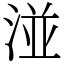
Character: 湴